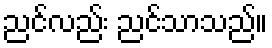
ညင်လည်း ညင်သာသည်။